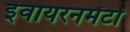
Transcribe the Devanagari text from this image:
इंवायरनमेंटों